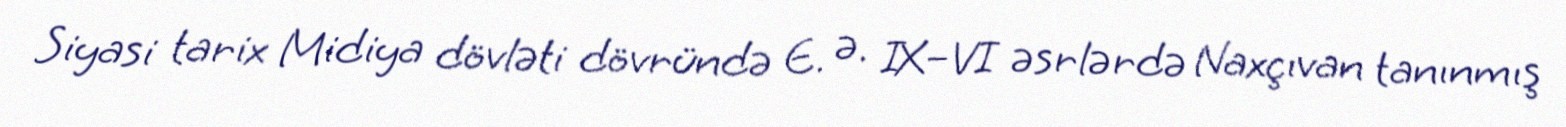
Siyasi tarix Midiya dövləti dövründə E. ə. IX–VI əsrlərdə Naxçıvan tanınmış